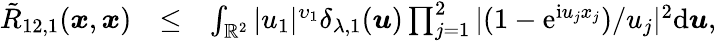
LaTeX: \begin{array}{rlr}{\tilde{R}_{12,1}(\boldsymbol{x},\boldsymbol{x})}&{\le}&{\int_{\mathbb{R}^{2}}|u_{1}|^{\upsilon_{1}}\delta_{\lambda,1}(\boldsymbol{u})\prod_{j=1}^{2}|(1-\mathrm e^{\mathrm iu_{j}x_{j}})/u_{j}|^{2}\mathrm d\boldsymbol{u},}\end{array}